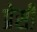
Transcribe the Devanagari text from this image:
प्रेसी